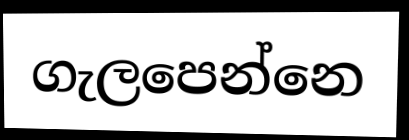
ගැලපෙන්නෙ